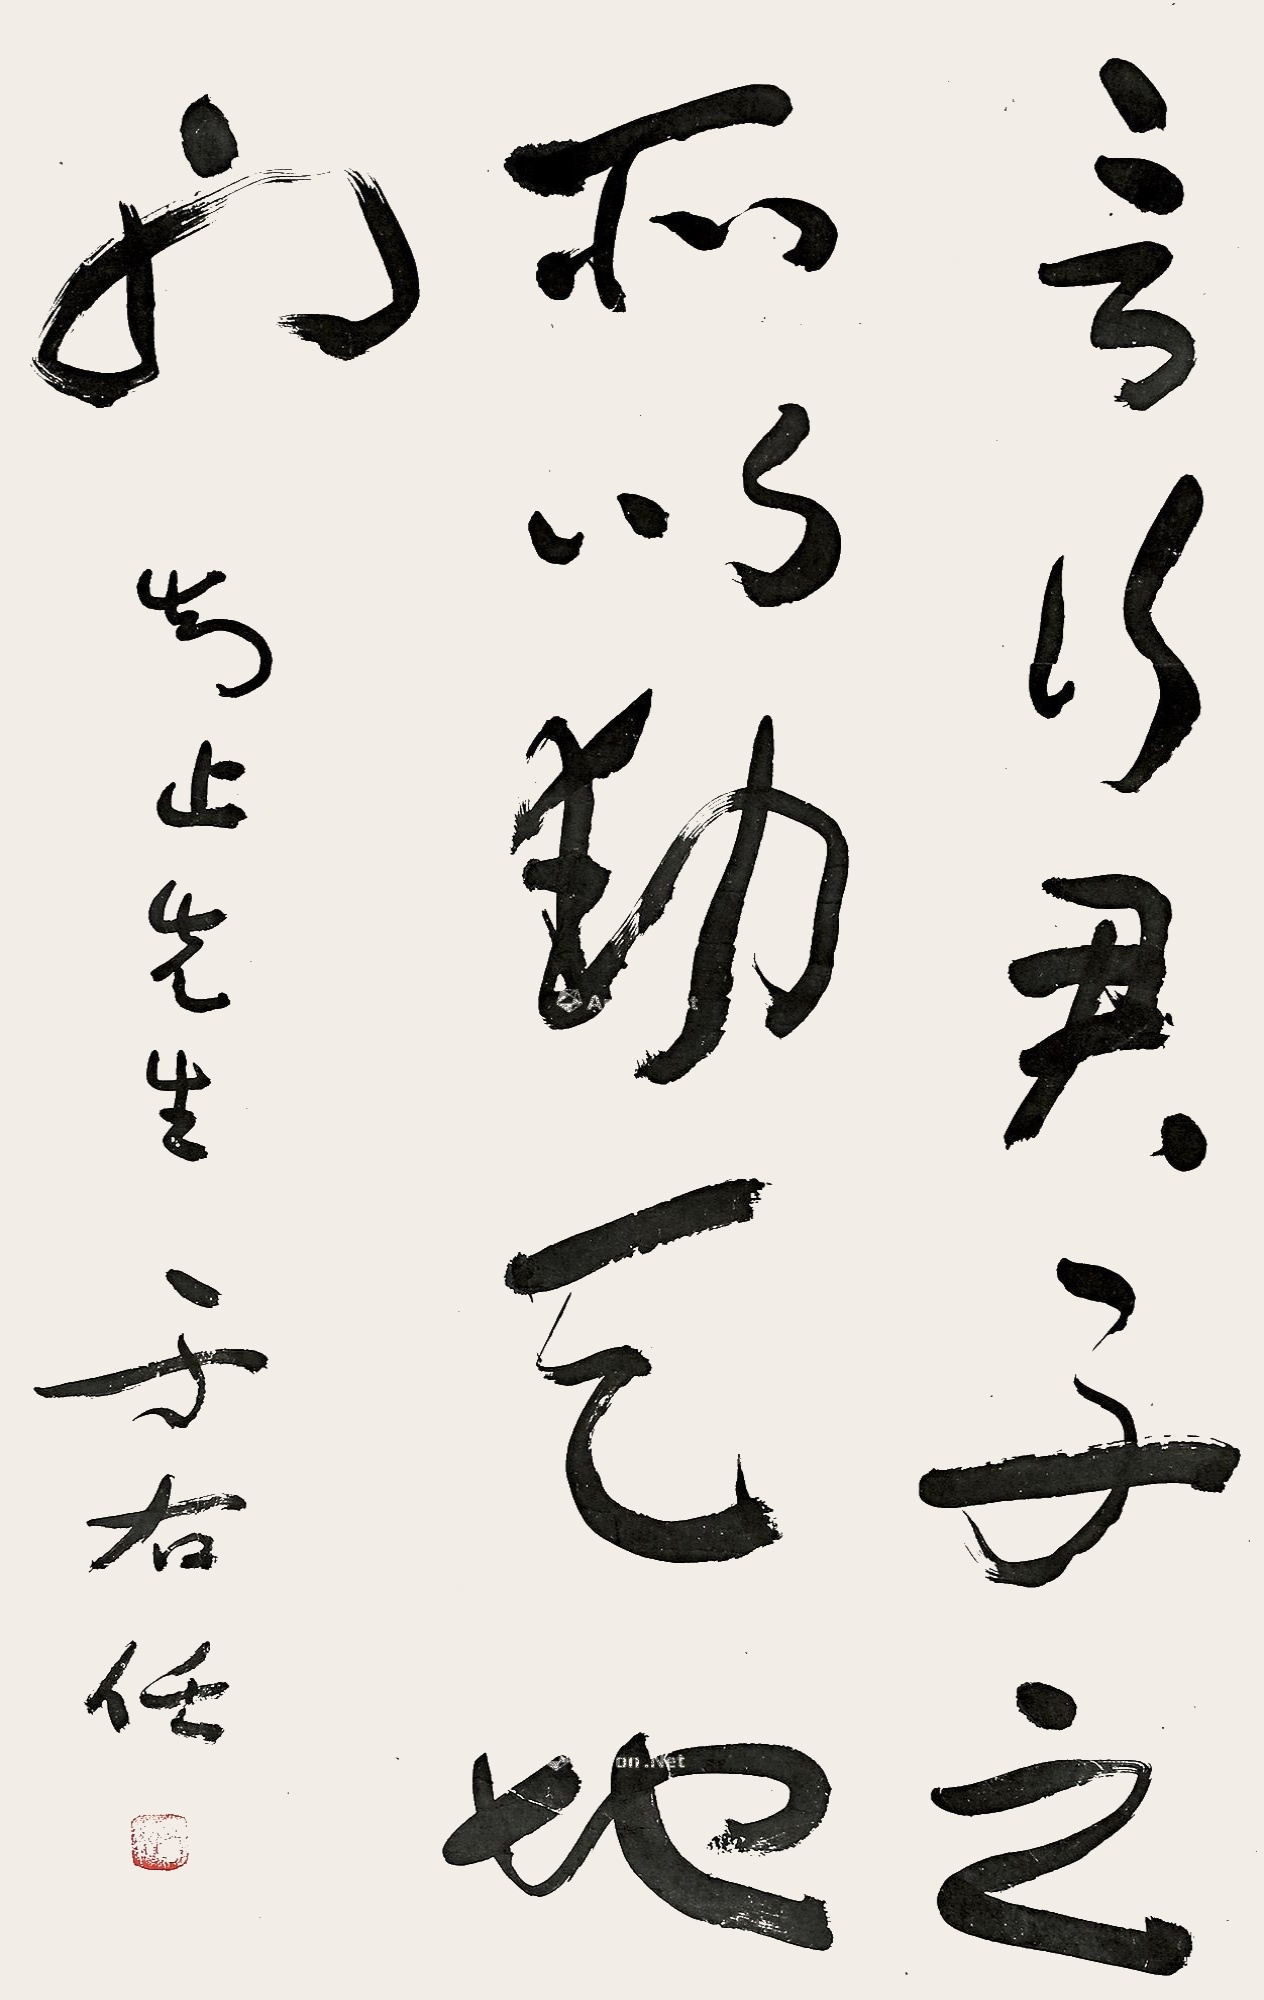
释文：言行，君子之所以动天地也。知止先生，于右任。